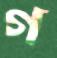
গ